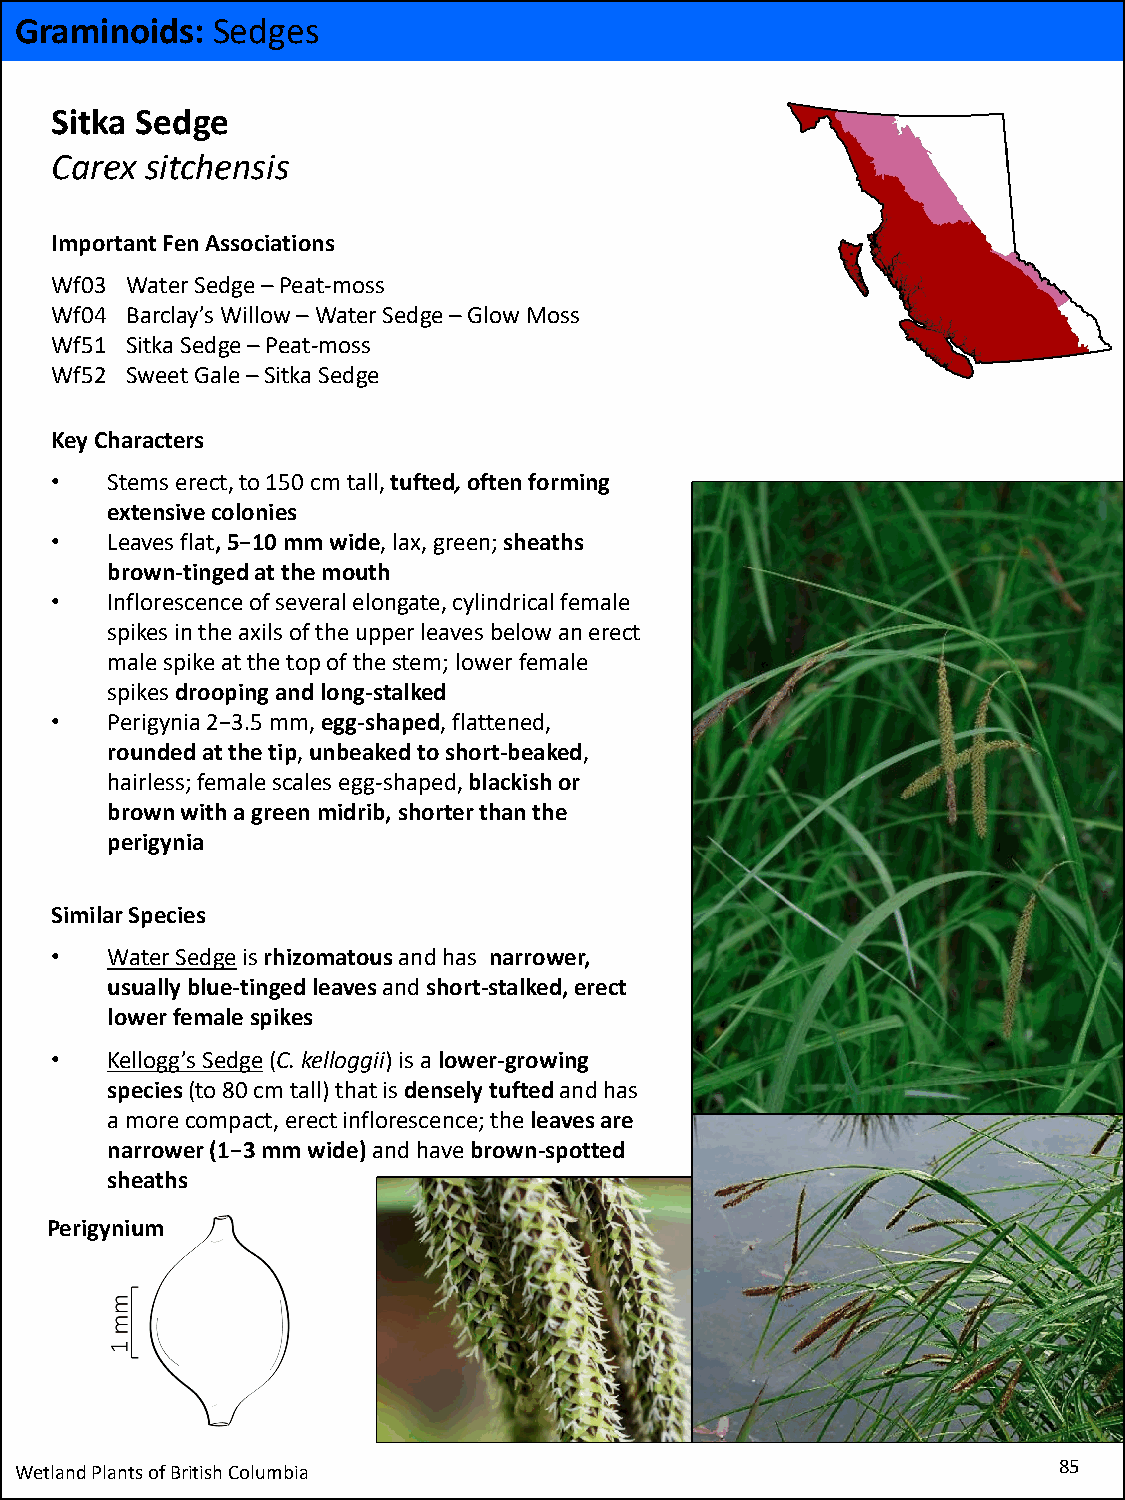
Graminoids:  Sedges
 Sitka Sedge
 Carex  sitchensis
 Important Fen Associations
 Wf03 Water Sedge –Peat-moss
 Wf04 Barclay’s Willow –Water Sedge –Glow Moss
 Wf51 Sitka Sedge –Peat-moss
 Wf52 Sweet Gale –Sitka Sedge
 Key Characters
 •   Stems erect, to 150 cm tall, tufted,often forming
 extensive colonies
 •   Leaves flat, 5−10 mm wide, lax, green; sheaths
 brown-tinged at the mouth
 •   Inflorescence of several elongate, cylindrical female
 spikes in the axils of the upper leaves below an erect
 male spike at the top of the stem; lower female
 spikes drooping and long-stalked
 •   Perigynia 2−3.5 mm, egg-shaped, flattened,
 rounded at the tip, unbeakedto short-beaked,
 hairless; female scales egg-shaped,blackish or
 brown with a green midrib, shorter than the
 perigynia
 Similar Species
 •   Water Sedgeisrhizomatous and has narrower,
 usually blue-tinged leaves and short-stalked, erect
 lower female spikes
 •   Kellogg’s Sedge(C. kelloggii) is a lower-growing
 species(to 80 cm tall) that is densely tufted and has
 a more compact, erect inflorescence; the leaves are
 narrower (1−3 mm wide)and have brown-spotted
 sheaths
 Perigynium
 Wetland Plants of British Columbia                                   85